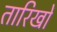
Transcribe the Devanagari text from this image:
तारिखों